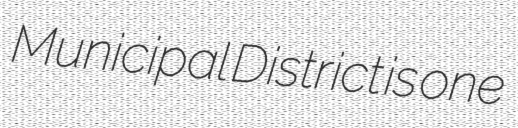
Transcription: Municipal District is one